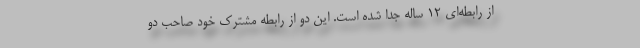
از رابطه‌ای ۱۲ ساله جدا شده است. این دو از رابطه مشترک خود صاحب دو